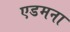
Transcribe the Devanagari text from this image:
एडमना